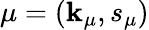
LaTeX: \mu=(\mathbf{k}_{\mu},s_{\mu})